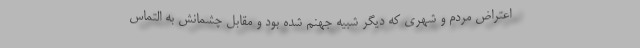
اعتراض مردم و شهری که دیگر شبیه جهنم شده بود و مقابل چشمانش به التماس